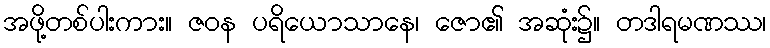
အဖို့တစ်ပါးကား။ ဇဝန ပရိယောသာနေ၊ ဇော၏ အဆုံး၌။ တဒါရမဏဿ၊